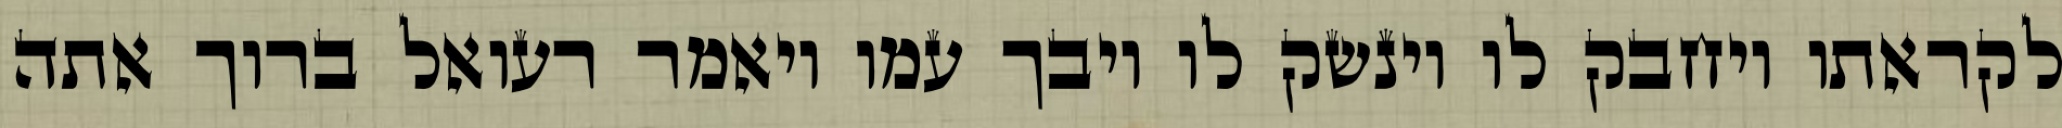
לקראתו ויחבק לו וינשק לו ויבך עמו ויאמר רעואל ברוך אתה